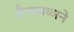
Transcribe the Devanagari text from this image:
सैन्यबळाने